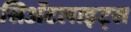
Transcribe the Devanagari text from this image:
सिॲटलाइट्स